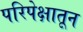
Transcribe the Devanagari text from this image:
परिपेक्षातून